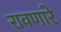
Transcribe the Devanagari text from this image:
रावणारे